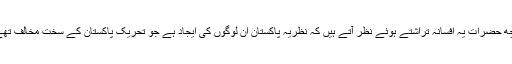
کچھ حضرات یہ افسانہ تراشتے ہوئے نظر آتے ہیں کہ نظریہ پاکستان ان لوگوں کی ایجاد ہے جو تحریک پاکستان کے سخت مخالف تھے۔